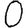
Digit: 0